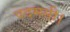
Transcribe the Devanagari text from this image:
पदमसी।